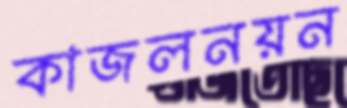
কাজলনয়ন